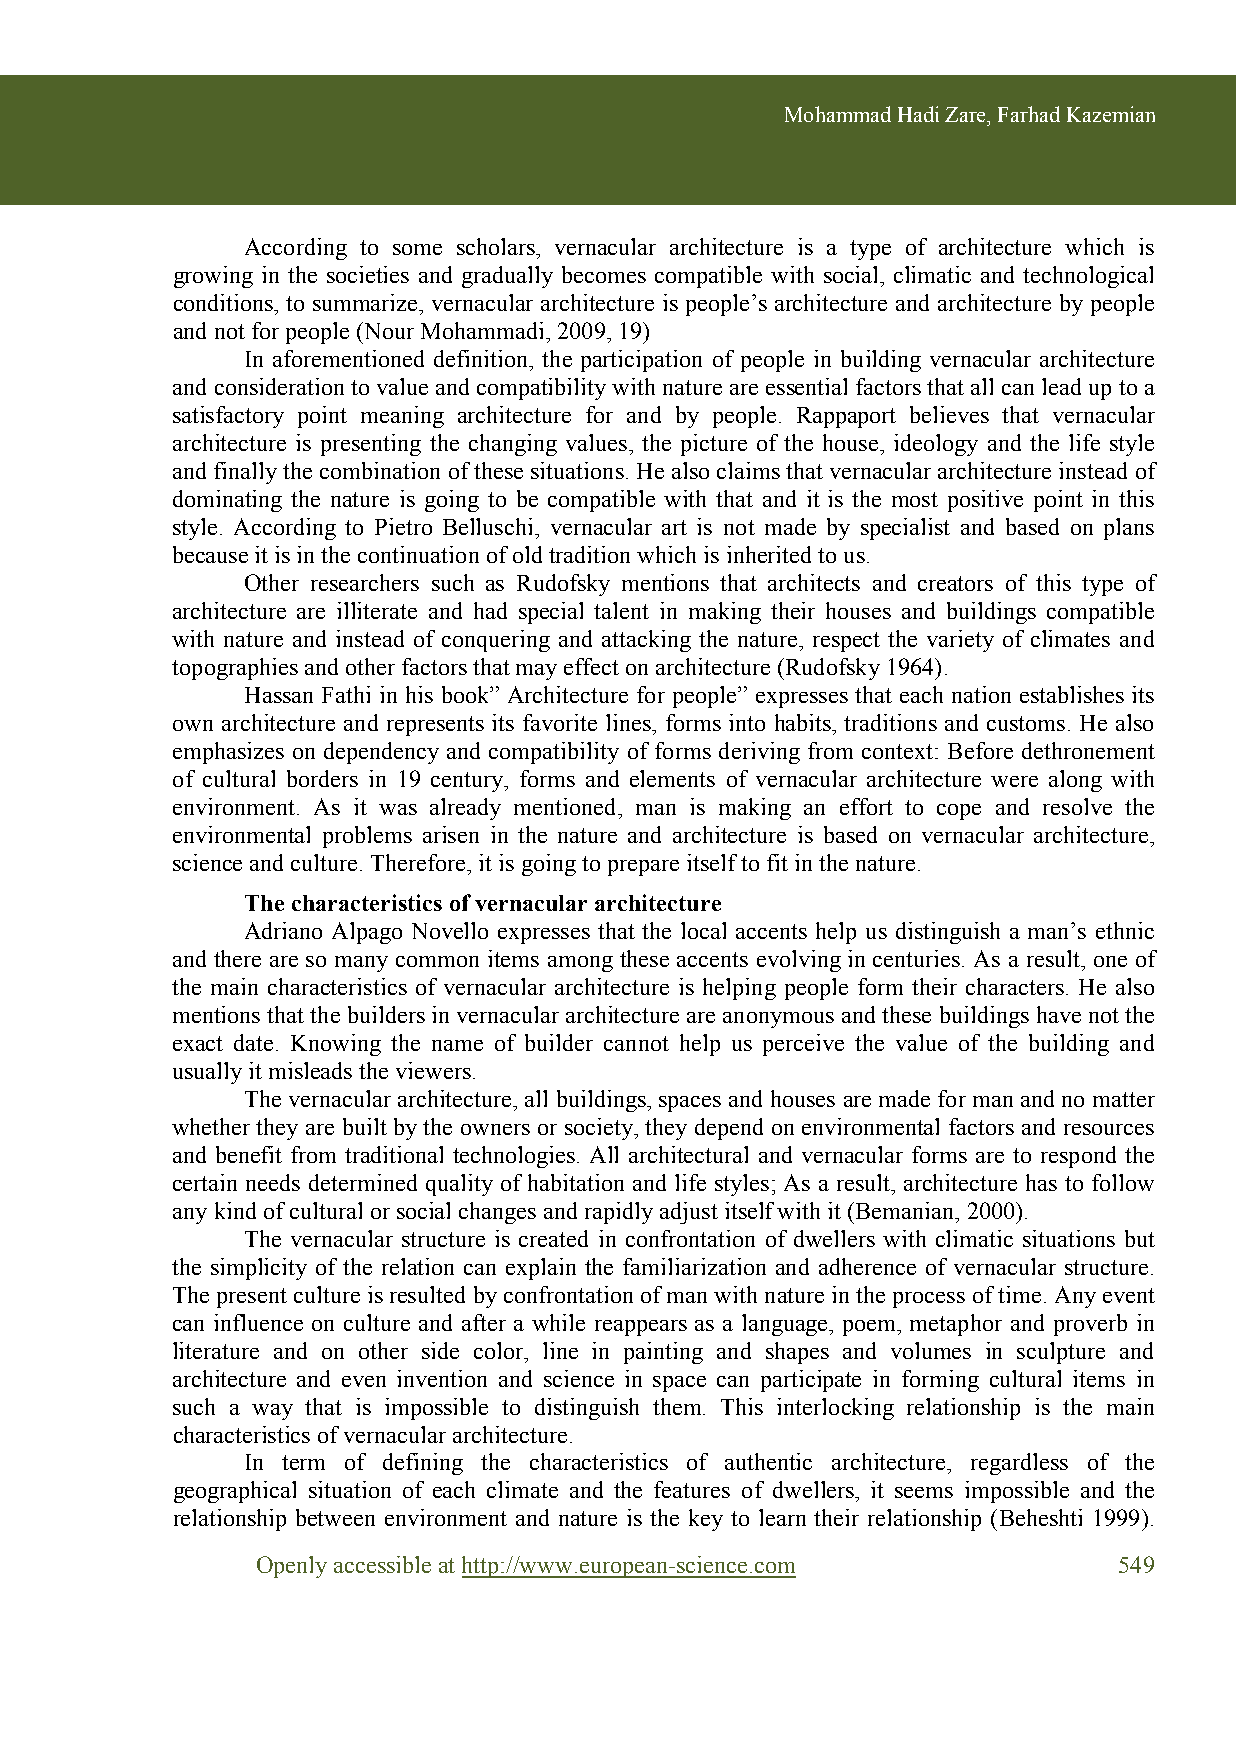
Mohammad Hadi Zare, Farhad Kazemian
 According to some scholars, vernacular architecture is a type of architecture which is
 growing in the societies and gradually becomes compatible with social, climatic and technological
 conditions, to summarize, vernacular architecture is people’s architecture and architecture by people
 and not for people (Nour Mohammadi, 2009, 19)
 In aforementioned definition, the participation of people in building vernacular architecture
 and consideration to value and compatibility with nature are essential factors that all can lead up to a
 satisfactory point meaning architecture for and by people. Rappaport believes that vernacular
 architecture is presenting the changing values, the picture of the house, ideology and the life style
 and finally the combination of these situations. He also claims that vernacular architecture instead of
 dominating the nature is going to be compatible with that and it is the most positive point in this
 style. According to Pietro Belluschi, vernacular art is not made by specialist and based on plans
 because it is in the continuation of old tradition which is inherited to us.
 Other researchers such as Rudofsky mentions that architects and creators of this type of
 architecture are illiterate and had special talent in making their houses and buildings compatible
 with nature and instead of conquering and attacking the nature, respect the variety of climates and
 topographies and other factors that may effect on architecture (Rudofsky 1964).
 Hassan Fathi in his book” Architecture for people” expresses that each nation establishes its
 own architecture and represents its favorite lines, forms into habits, traditions and customs. He also
 emphasizes on dependency and compatibility of forms deriving from context: Before dethronement
 of cultural borders in 19 century, forms and elements of vernacular architecture were along with
 environment. As it was already mentioned, man is making an effort to cope and resolve the
 environmental problems arisen in the nature and architecture is based on vernacular architecture,
 science and culture. Therefore, it is going to prepare itself to fit in the nature.
 The characteristics of vernacular architecture
 Adriano Alpago Novello expresses that the local accents help us distinguish a man’s ethnic
 and there are so many common items among these accents evolving in centuries. As a result, one of
 the main characteristics of vernacular architecture is helping people form their characters. He also
 mentions that the builders in vernacular architecture are anonymous and these buildings have not the
 exact date. Knowing the name of builder cannot help us perceive the value of the building and
 usually it misleads the viewers.
 The vernacular architecture, all buildings, spaces and houses are made for man and no matter
 whether they are built by the owners or society, they depend on environmental factors and resources
 and benefit from traditional technologies. All architectural and vernacular forms are to respond the
 certain needs determined quality of habitation and life styles; As a result, architecture has to follow
 any kind of cultural or social changes and rapidly adjust itself with it (Bemanian, 2000).
 The vernacular structure is created in confrontation of dwellers with climatic situations but
 the simplicity of the relation can explain the familiarization and adherence of vernacular structure.
 The present culture is resulted by confrontation of man with nature in the process of time. Any event
 can influence on culture and after a while reappears as a language, poem, metaphor and proverb in
 literature and on other side color, line in painting and shapes and volumes in sculpture and
 architecture and even invention and science in space can participate in forming cultural items in
 such a way that is impossible to distinguish them. This interlocking relationship is the main
 characteristics of vernacular architecture.
 In term of defining the characteristics of authentic architecture, regardless of the
 geographical situation of each climate and the features of dwellers, it seems impossible and the
 relationship between environment and nature is the key to learn their relationship (Beheshti 1999).
 Openly accessible at http://www.european-science.com     549